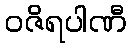
ဝဇိရပါဏီ